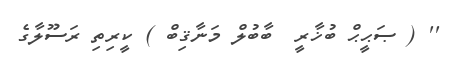
'' ( ޞަޙީޙް ބުޚާރީ  ބާބުލް މަނާޤިބް ) ކީރިތި ރަސޫލާގެ